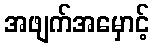
အဖျက်အမှောင့်